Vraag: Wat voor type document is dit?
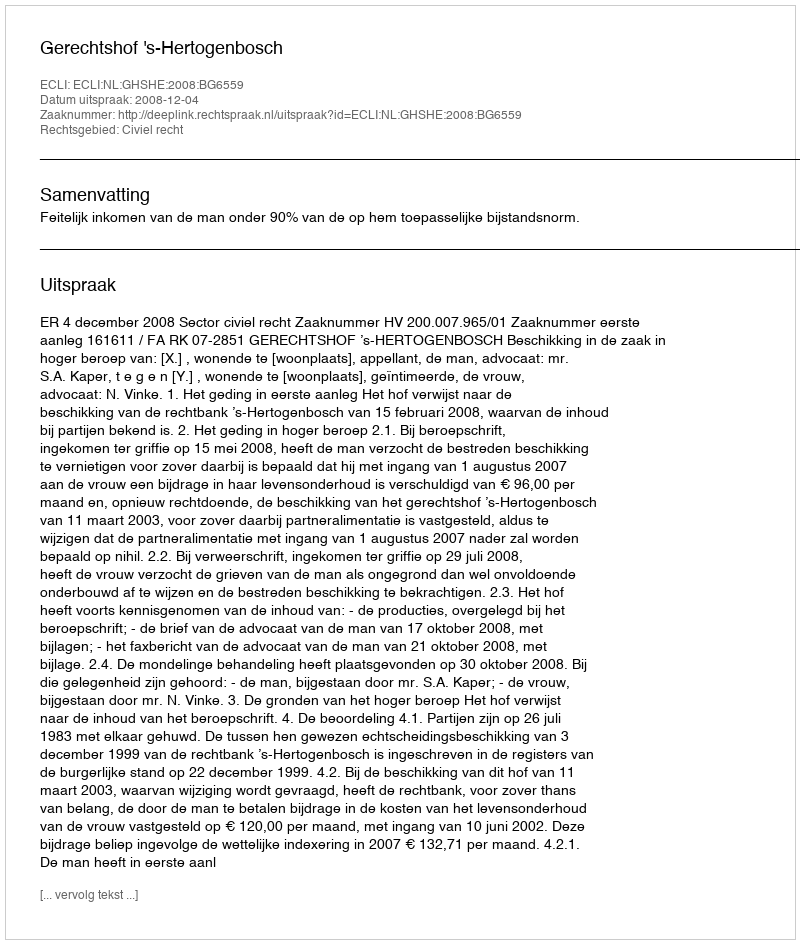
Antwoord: Uitspraak